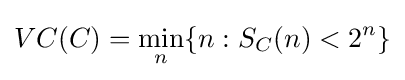
VC(C)={\underset {n}{\min }}\{n:S_{C}(n)<2^{n}\}